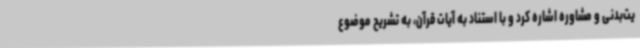
یت‌بدنی و مشاوره اشاره کرد و با استناد به آیات قرآن، به تشریح موضوع